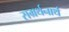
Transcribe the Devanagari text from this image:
सम्रर्थनार्थ